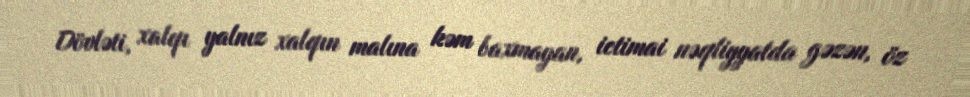
Dövləti, xalqı yalnız xalqın malına kəm baxmayan, ictimai nəqliyyatda gəzən, öz